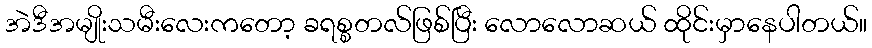
အဲဒီအမျိုးသမီးလေးကတော့ ခရစ္စတလ်ဖြစ်ပြီး လောလောဆယ် ထိုင်းမှာနေပါတယ်။